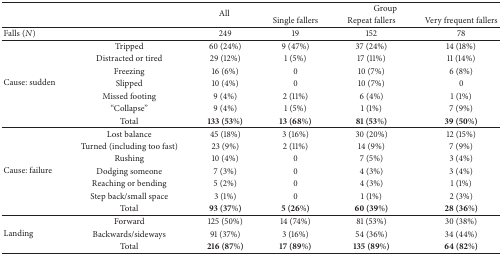
<table><thead><tr><td><b> </b></td><td><b> </b></td><td rowspan="2"><b>All </b></td><td colspan="3"><b>Group</b></td></tr><tr><td><b> </b></td><td><b> </b></td><td><b>Single fallers</b></td><td><b>Repeat fallers</b></td><td><b>Very frequent fallers</b></td></tr></thead><tbody><tr><td>Falls (<i>N</i>)</td><td> </td><td>249</td><td>19</td><td>152</td><td>78</td></tr><tr><td rowspan="7">Cause: sudden</td><td>Tripped</td><td>60 (24%)</td><td>9 (47%)</td><td>37 (24%)</td><td>14 (18%)</td></tr><tr><td>Distracted or tired</td><td>29 (12%)</td><td>1 (5%)</td><td>17 (11%)</td><td>11 (14%)</td></tr><tr><td>Freezing</td><td>16 (6%)</td><td>0</td><td>10 (7%)</td><td>6 (8%)</td></tr><tr><td>Slipped</td><td>10 (4%)</td><td>0</td><td>10 (7%)</td><td>0</td></tr><tr><td>Missed footing</td><td>9 (4%)</td><td>2 (11%)</td><td>6 (4%)</td><td>1 (1%)</td></tr><tr><td>“Collapse”</td><td>9 (4%)</td><td>1 (5%)</td><td>1 (1%)</td><td>7 (9%)</td></tr><tr><td>Total</td><td><b>133 (53%)</b></td><td><b>13 (68%)</b></td><td><b>81 (53%)</b></td><td><b>39 (50%)</b></td></tr><tr><td rowspan="7">Cause: failure</td><td>Lost balance</td><td>45 (18%)</td><td>3 (16%)</td><td>30 (20%)</td><td>12 (15%)</td></tr><tr><td>Turned (including too fast)</td><td>23 (9%)</td><td>2 (11%)</td><td>14 (9%)</td><td>7 (9%)</td></tr><tr><td>Rushing</td><td>10 (4%)</td><td>0</td><td>7 (5%)</td><td>3 (4%)</td></tr><tr><td>Dodging someone</td><td>7 (3%)</td><td>0</td><td>4 (3%)</td><td>3 (4%)</td></tr><tr><td>Reaching or bending</td><td>5 (2%)</td><td>0</td><td>4 (3%)</td><td>1 (1%)</td></tr><tr><td>Step back/small space</td><td>3 (1%)</td><td>0</td><td>1 (1%)</td><td>2 (3%)</td></tr><tr><td>Total</td><td><b>93 (37%)</b></td><td><b>5 (26%)</b></td><td><b>60 (39%)</b></td><td><b>28 (36%)</b></td></tr><tr><td rowspan="3">Landing</td><td>Forward</td><td>125 (50%)</td><td>14 (74%)</td><td>81 (53%)</td><td>30 (38%)</td></tr><tr><td>Backwards/sideways</td><td>91 (37%)</td><td>3 (16%)</td><td>54 (36%)</td><td>34 (44%)</td></tr><tr><td>Total</td><td><b>216 (87%)</b></td><td><b>17 (89%)</b></td><td><b>135 (89%)</b></td><td><b>64 (82%)</b></td></tr></tbody></table>